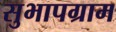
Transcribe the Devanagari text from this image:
सुभापग्राम